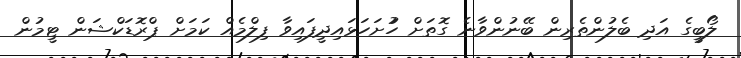
ލޯބީގެ އަދި ބެލުންތެރިން ބޭނުންވާނެ ގޮތަށް ހުުށަހަޅައިދީފައިވާ ފިލްމެެއް ކަމަށް ޕްރޮޑަކްޝަން ޓީމުން